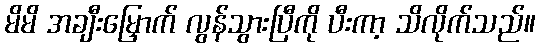
မိမိ အချီးမြှောက် လွန်သွားပြီကို ပီးကာ့ သိလိုက်သည်။